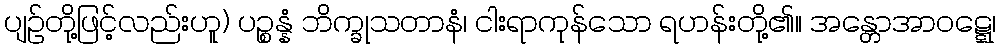
ပျဉ်တို့ဖြင့်လည်းဟူ) ပဉ္စန္နံ ဘိက္ခုသတာနံ၊ ငါးရာကုန်သော ရဟန်းတို့၏။ အန္တောအာဝဋ္ဋေ၊